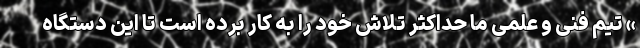
» تیم فنی و علمی ما حداکثر تلاش خود را به کار برده است تا این دستگاه